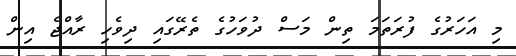
މި އަހަރުގެ ފުރަތަމަ ތިން މަސް ދުވަހުގެ ތެރޭގައި ދިވެހި ރާއްޖެ އިން